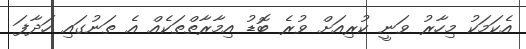
އެކަމަކު މިހާރު ވަނީ ކުރިއަށް ވުރެ ބޮޑު އިމާރާތްތަކެއް އެ ތަނުގައި ހަދާފަ